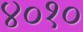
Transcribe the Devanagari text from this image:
४०१०